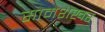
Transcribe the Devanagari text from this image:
सोमेशेखर